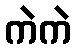
ကဲကဲ